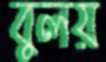
বুলয়